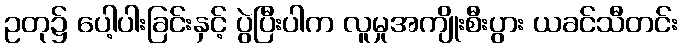
ဥတု၌ ပေါ့ပါးခြင်းနှင့် ပွဲပြီးပါက လူမှုအကျိုးစီးပွား ယခင်သီတင်း